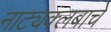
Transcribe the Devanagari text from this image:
नाट्यक्लबाचे